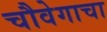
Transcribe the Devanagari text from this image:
चौवेगाचा